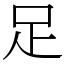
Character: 足